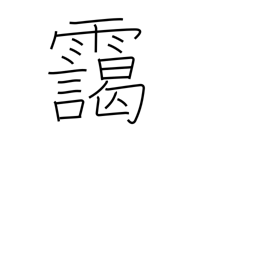
Meaning: haze